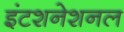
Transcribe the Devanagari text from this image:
इंटशनेशनल